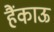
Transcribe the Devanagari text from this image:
हैंकाऊ